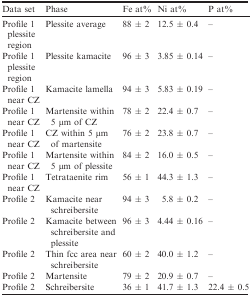
<table><thead><tr><td><b>Data set</b></td><td><b>Phase</b></td><td><b>Fe at%</b></td><td><b>Ni at%</b></td><td><b>P at%</b></td></tr></thead><tbody><tr><td>Profile 1 plessite region</td><td>Plessite average</td><td>88 ± 2</td><td>12.5 ± 0.4</td><td>–</td></tr><tr><td>Profile 1 plessite region</td><td>Plessite kamacite</td><td>96 ± 3</td><td>3.85 ± 0.14</td><td>–</td></tr><tr><td>Profile 1 near CZ</td><td>Kamacite lamella</td><td>94 ± 3</td><td>5.83 ± 0.19</td><td>–</td></tr><tr><td>Profile 1 near CZ</td><td>Martensite within 5 μm of CZ</td><td>78 ± 2</td><td>22.4 ± 0.7</td><td>–</td></tr><tr><td>Profile 1 near CZ</td><td>CZ within 5 μm of martensite</td><td>76 ± 2</td><td>23.8 ± 0.7</td><td>–</td></tr><tr><td>Profile 1 near CZ</td><td>Martensite within 5 μm of plessite</td><td>84 ± 2</td><td>16.0 ± 0.5</td><td>–</td></tr><tr><td>Profile 1 near CZ</td><td>Tetrataenite rim</td><td>56 ± 1</td><td>44.3 ± 1.3</td><td>–</td></tr><tr><td>Profile 2</td><td>Kamacite near schreibersite</td><td>94 ± 3</td><td>5.8 ± 0.2</td><td>–</td></tr><tr><td>Profile 2</td><td>Kamacite between schreibersite and plessite</td><td>96 ± 3</td><td>4.44 ± 0.16</td><td>–</td></tr><tr><td>Profile 2</td><td>Thin fcc area near schreibersite</td><td>60 ± 2</td><td>40.0 ± 1.2</td><td>–</td></tr><tr><td>Profile 2</td><td>Martensite</td><td>79 ± 2</td><td>20.9 ± 0.7</td><td>–</td></tr><tr><td>Profile 2</td><td>Schreibersite</td><td>36 ± 1</td><td>41.7 ± 1.3</td><td>22.4 ± 0.5</td></tr></tbody></table>